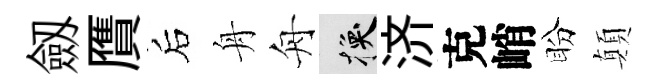
劔贋后舟舟换济克峭盼顛